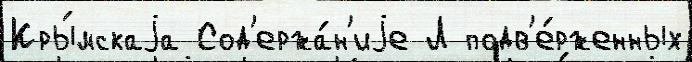
Кры́мскаjа Сод'ержа́н'иjе Л подв'е́рженных